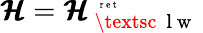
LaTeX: \pmb{{\cal H}}={\pmb{{\cal H}}}_{\mathrm{~\textsc~{~l~w~}~}}^{\mathrm{~\tiny~{~r~e~t~}~}}